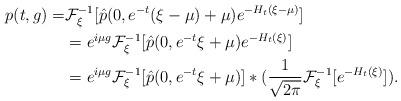
LaTeX: \begin{align*} p(t,g)=&\mathcal{F}^{-1}_{\xi}[{\hat{p}(0,e^{-t}(\xi-\mu)+\mu)e^{-H_t(\xi-\mu)}}]\\ &=e^{i\mu g}\mathcal{F}^{-1}_{\xi}[{\hat{p}(0,e^{-t}\xi+\mu)e^{-H_t(\xi)}}]\\ &=e^{i\mu g}\mathcal{F}^{-1}_{\xi}[\hat{p}(0,e^{-t}\xi+\mu)]*(\frac{1}{\sqrt{2\pi}}\mathcal{F}^{-1}_{\xi}[e^{-H_t(\xi)}]). \end{align*}